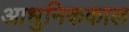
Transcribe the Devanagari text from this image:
आधुनिककाल